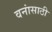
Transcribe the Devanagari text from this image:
वनांसाठी